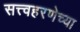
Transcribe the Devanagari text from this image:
सत्त्वहरणेच्या